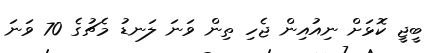
ބީޖީ ކޮޅަށް ނިއުއިން ޖެހި ތިން ވަނަ ލަނޑު މެޗުގެ 70 ވަނަ